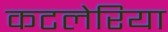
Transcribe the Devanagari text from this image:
कटलेरिया